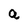
Character: a